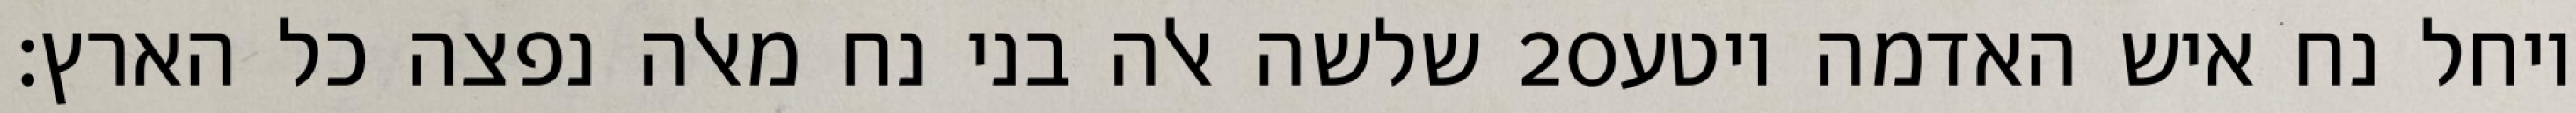
שלשה אלה בני נח מאלה נפצה כל הארץ׃ ‎20‏ ויחל נח איש האדמה ויטע